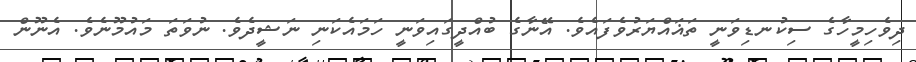
ދިވެހިމީހާގެ ސިކުނޑިވަނީ ތަޣައްޔަރުވެފައެވެ. އޭނާގެ ބުއްދީގައިވަނީ ހަމައެކަނި ނަޝީދެވެ. ނުވަތަ މައުމޫނެވެ. އެނޫން